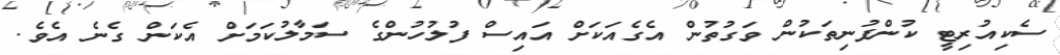
ސެކިއުރިޓީ ކުންފުނިތަކުން ވަގުތުން އެގެއަކަށް އައިސް ފުލުހުންގެ ސަމާލުކަމަށް އެކަން ގެނެ އެވެ.